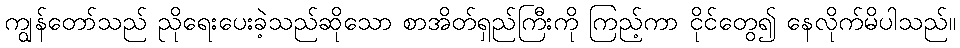
ကျွန်တော်သည် ညိုရေးပေးခဲ့သည်ဆိုသော စာအိတ်ရှည်ကြီးကို ကြည့်ကာ ငိုင်တွေ၍ နေလိုက်မိပါသည်။